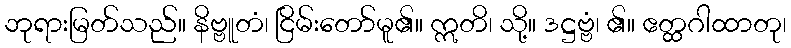
ဘုရားမြတ်သည်။ နိဗ္ဗူတံ၊ ငြိမ်းတော်မူ၏။ ဣတိ၊ သို့။ ဒဋ္ဌဗ္ဗံ၊ ၏။ ဧတ္ထဂါထာတု၊